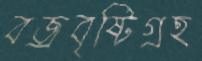
বজ্রবৃষ্টিগ্রহ